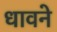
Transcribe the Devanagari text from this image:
धावने